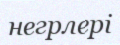
негрлері